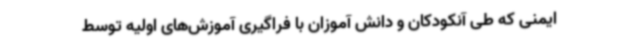
ایمنی که طی آنکودکان و دانش آموزان با فراگیری آموزش‌های اولیه توسط